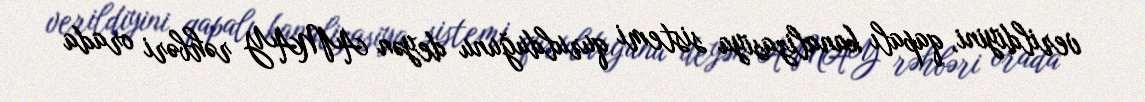
verildiyini, qapalı kanalizasiya sistemi qurulduğunu deyən AMAY rəhbəri orada